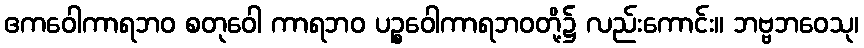
ဧကဝေါကာရဘဝ စတုဝေါ ကာရဘဝ ပဉ္စဝေါကာရဘဝတို့၌ လည်းကောင်း။ ဘဗ္ဗဘဝေသု၊